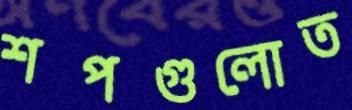
শপগুলোত